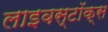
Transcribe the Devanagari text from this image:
लाइवस्टॉक्स